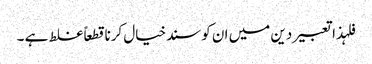
فلہذاتعبیردین میں ان کوسندخیال کرناقطعاً غلط ہے ۔